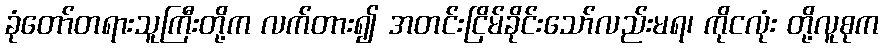
ခုံတော်တရားသူကြီးတို့က လက်တား၍ အတင်းငြိမ်ခိုင်းသော်လည်းမရ၊ ကိုငလုံး တို့လူစုက